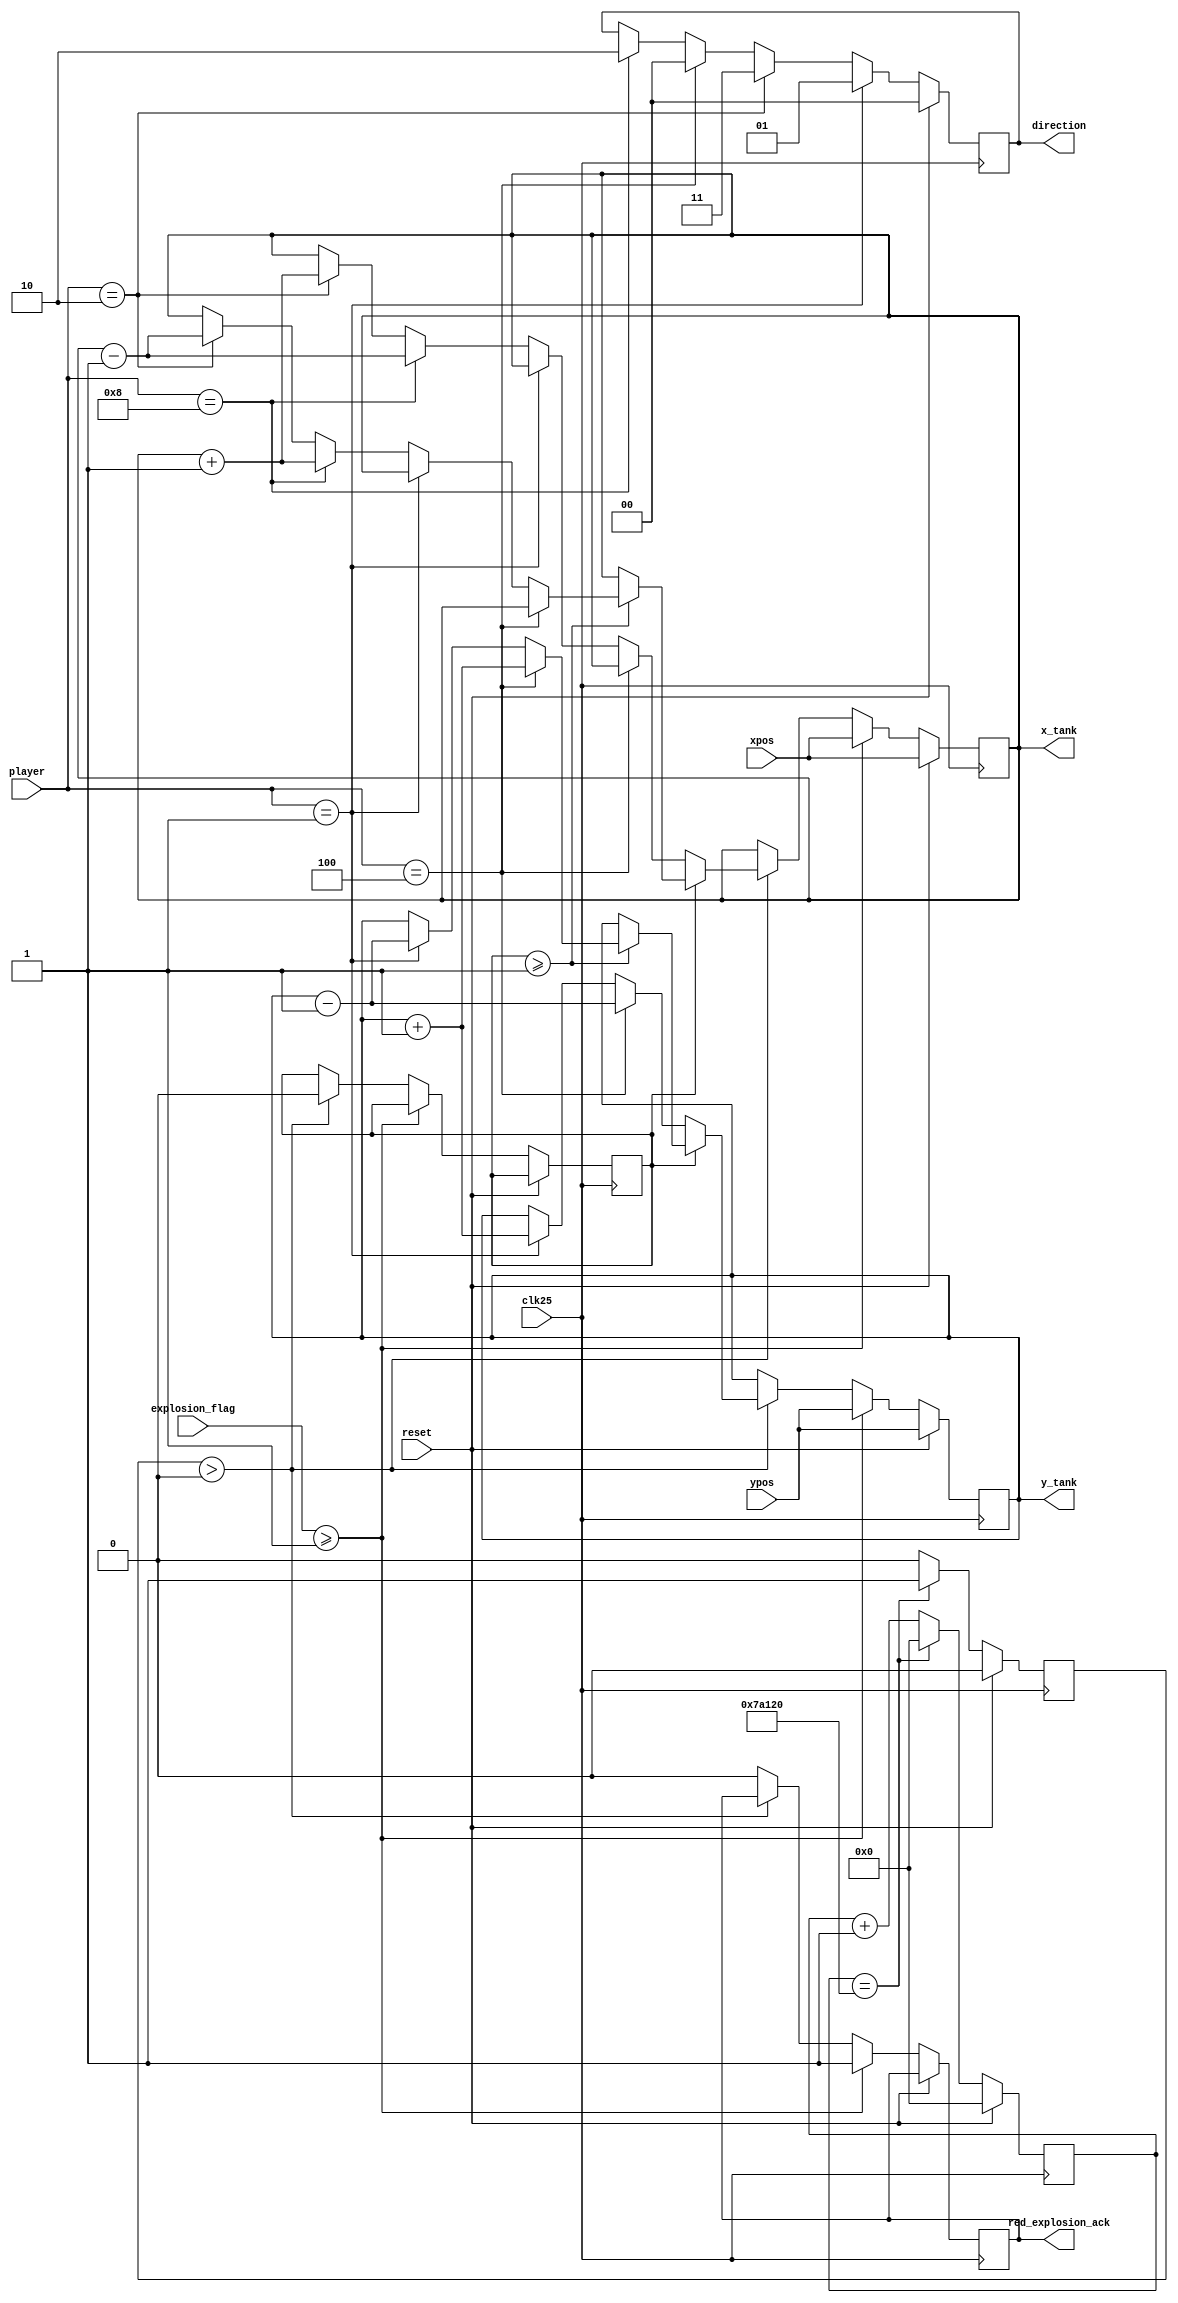
module tank(clk25,reset,xpos,ypos,player,x_tank,y_tank,direction,explosion_flag,red_explosion_ack);
input clk25,reset;                                                                 
input [9:0]xpos;
input [8:0]ypos;
input [4:0]player;
output reg [9:0]x_tank;
output reg [8:0]y_tank;
//output moving;
//input start;
output reg [1:0]direction;
//output reg fire;


wire [4:0] DOWN,RIGHT,UP,LEFT,FIRE;

assign  DOWN    = 5'b00001;                 
assign  RIGHT   = 5'b00010;
assign  UP      = 5'b00100;
assign  LEFT    = 5'b01000;
assign  FIRE  = 5'b10000;
wire [1:0] ICON_DOWN,ICON_LEFT,ICON_RIGHT,ICON_UP;
assign  ICON_UP     = 2'b00;                
assign  ICON_DOWN   = 2'b01;
assign  ICON_LEFT   = 2'b10;
assign  ICON_RIGHT  = 2'b11;

//////////toc do xe tank//////////
reg flag;
reg [20:0]flag_count;
parameter FLAG_CNT=500000;
always@(posedge clk25) begin
	if (reset)
		begin
			flag_count <= 0;
			flag <= 1'd0;
		end
	else if (flag_count == FLAG_CNT)
		begin
			flag <= 1'd1;
			flag_count <= 0;
		end
	else 
		begin
			flag_count <= flag_count + 1'd1;
			flag <= 1'd0;
		end
end
/////////huong xe tank//////////////////////

always@(posedge clk25)begin
	if(reset)
		direction<=ICON_UP;
	else 
		begin
			case(player)
				DOWN: direction <= ICON_DOWN;
				RIGHT:  direction <= ICON_RIGHT;
				UP:     direction <= ICON_UP;
				LEFT:   direction <= ICON_LEFT;
				default: direction <= direction ;
			endcase
		end
end
////////////////toa do xe tank/////////////////////////

always@(posedge clk25) begin
	if (reset)
		begin
			y_tank <= ypos;                   // reset red tank location  
			x_tank <= xpos;

		end
	
	else if ( explosion_flag >= 1'd1)                  // if explosion set, reset red tank location
	   begin
	       red_explosion_ack <= 1'd1;                  // used to reset explosion flag
	       y_tank <= ypos;                  // reset red tank location  
           x_tank <= xpos;
           
	   end
	/*else if ( rDout_first != 12'd4095 && (pPixel_row >= tank_start_locY ) && ( pPixel_row <= (tank_start_locY + 10'd31)) && (pPixel_column >= tank_start_locX ) && ( pPixel_column <= (tank_start_locX + 10'd31)))
                     begin
                          red_stop <= 1'd1;             // if at wall stop the movement of tank
                      end*/
	else if ((flag > 0) )          // changing red tank location when button pushed and flag is set high
		begin
			if (red_stop == 1'd0)                    
                begin
                    case (player)         // change tank location if buttons pressed
                        UP:		y_tank <= y_tank - 1'd1;             
                        DOWN:	y_tank <= y_tank + 1'd1;
                        LEFT:	x_tank <= x_tank - 1'd1;
                        RIGHT:	x_tank <= x_tank + 1'd1;
                        default:	begin
                                        x_tank <= x_tank;
                                        y_tank <= y_tank;
                                    end
			         endcase
			    end
			else if (red_stop >= 1'd1)       // stop is set high, reverse 1 location and clear the stop
			     begin
			     red_stop <= 1'd0;           // clear the stop flag
			         case (player)
                         UP:        y_tank <= y_tank + 1'd1;             
                         DOWN:      y_tank <= y_tank - 1'd1;
                         LEFT:      x_tank <= x_tank + 1'd1;
                         RIGHT:     x_tank <= x_tank - 1'd1;
                         default:    begin
                                         x_tank <= x_tank;
                                         y_tank <= y_tank;
                                     end
                      endcase
			     end
			else begin
			         y_tank <= y_tank;
                     x_tank <= x_tank;
                     red_stop <= 1'd0;
			     end
		
	   end
	                    
	else
		begin
			y_tank <= y_tank;
			x_tank <= x_tank;
			red_explosion_ack <= 1'd0;                   // clear acknowledge flag
		end
end
input explosion_flag;
output reg red_explosion_ack;
reg red_stop=1'b0;

endmodule